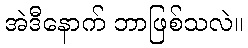
အဲဒီနောက် ဘာဖြစ်သလဲ။